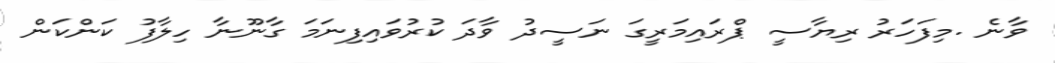
ވާނެ .މިފަހަރު ރިޔާސީ ޕްރައިމަރީގަ ނަސީދު ވާދަ ކުރުވައިފިނަމަ ގާނޫނާ ހިލާފު ކަންކަން